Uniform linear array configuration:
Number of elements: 48
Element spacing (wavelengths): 1
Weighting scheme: binomial
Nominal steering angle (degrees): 0
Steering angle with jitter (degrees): -1.054
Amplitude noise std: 0.05
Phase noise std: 0.05

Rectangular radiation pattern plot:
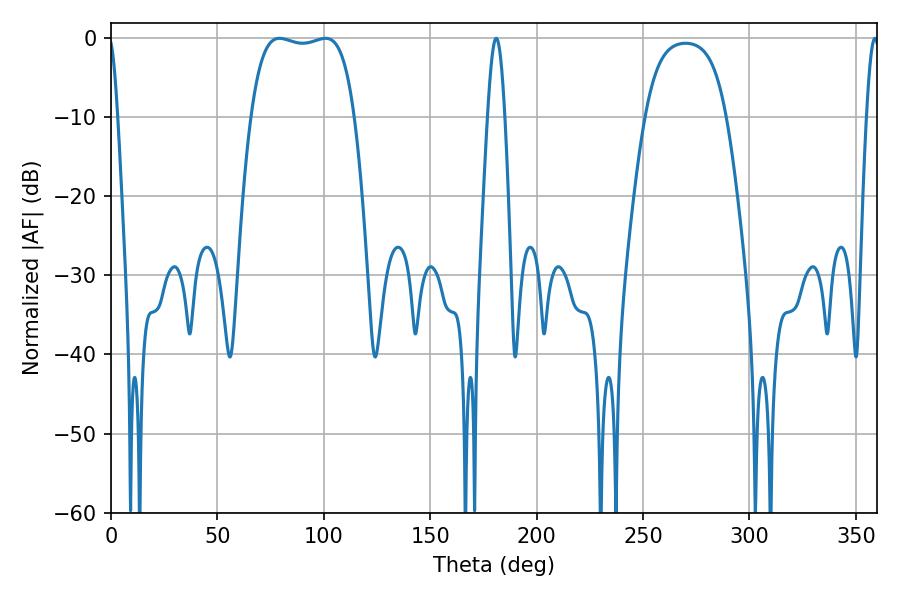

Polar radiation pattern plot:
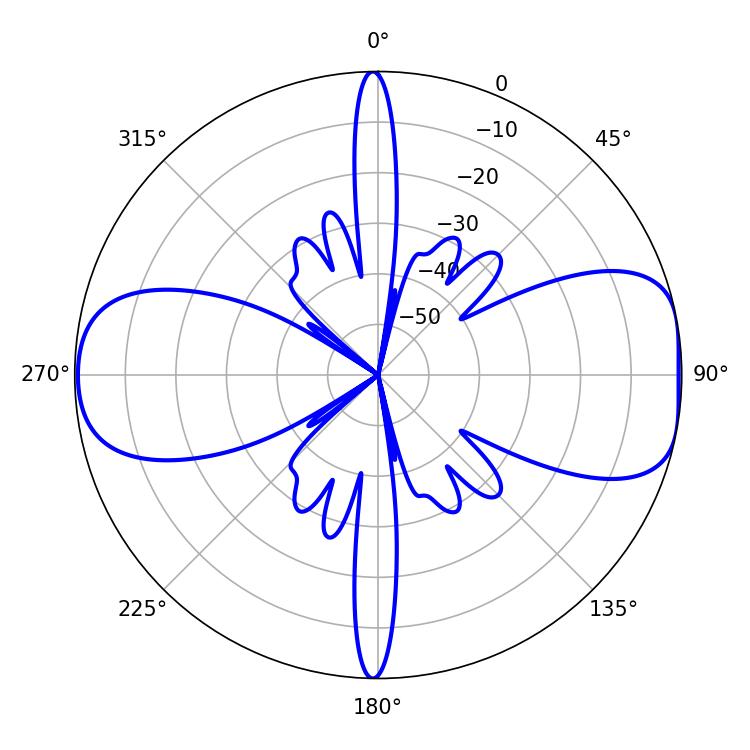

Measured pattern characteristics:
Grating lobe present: TRUE
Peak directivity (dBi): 9.029
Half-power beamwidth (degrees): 38.52
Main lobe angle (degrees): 79.2